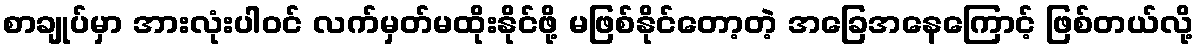
စာချုပ်မှာ အားလုံးပါဝင် လက်မှတ်မထိုးနိုင်ဖို့ မဖြစ်နိုင်တော့တဲ့ အခြေအနေကြောင့် ဖြစ်တယ်လို့